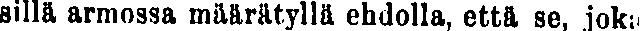
sillä armossa määrätyllä ehdolla, että se, joku